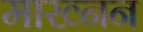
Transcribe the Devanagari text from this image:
माख्नन